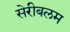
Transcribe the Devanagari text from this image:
सेरीबलम